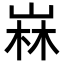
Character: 𡹇